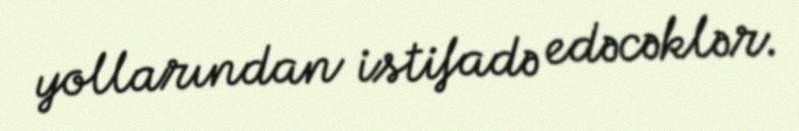
yollarından istifadə edəcəklər.